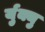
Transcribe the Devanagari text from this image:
र्युक्यु